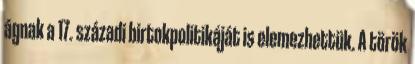
ágnak a 17. századi birtokpolitikáját is elemezhettük. A török